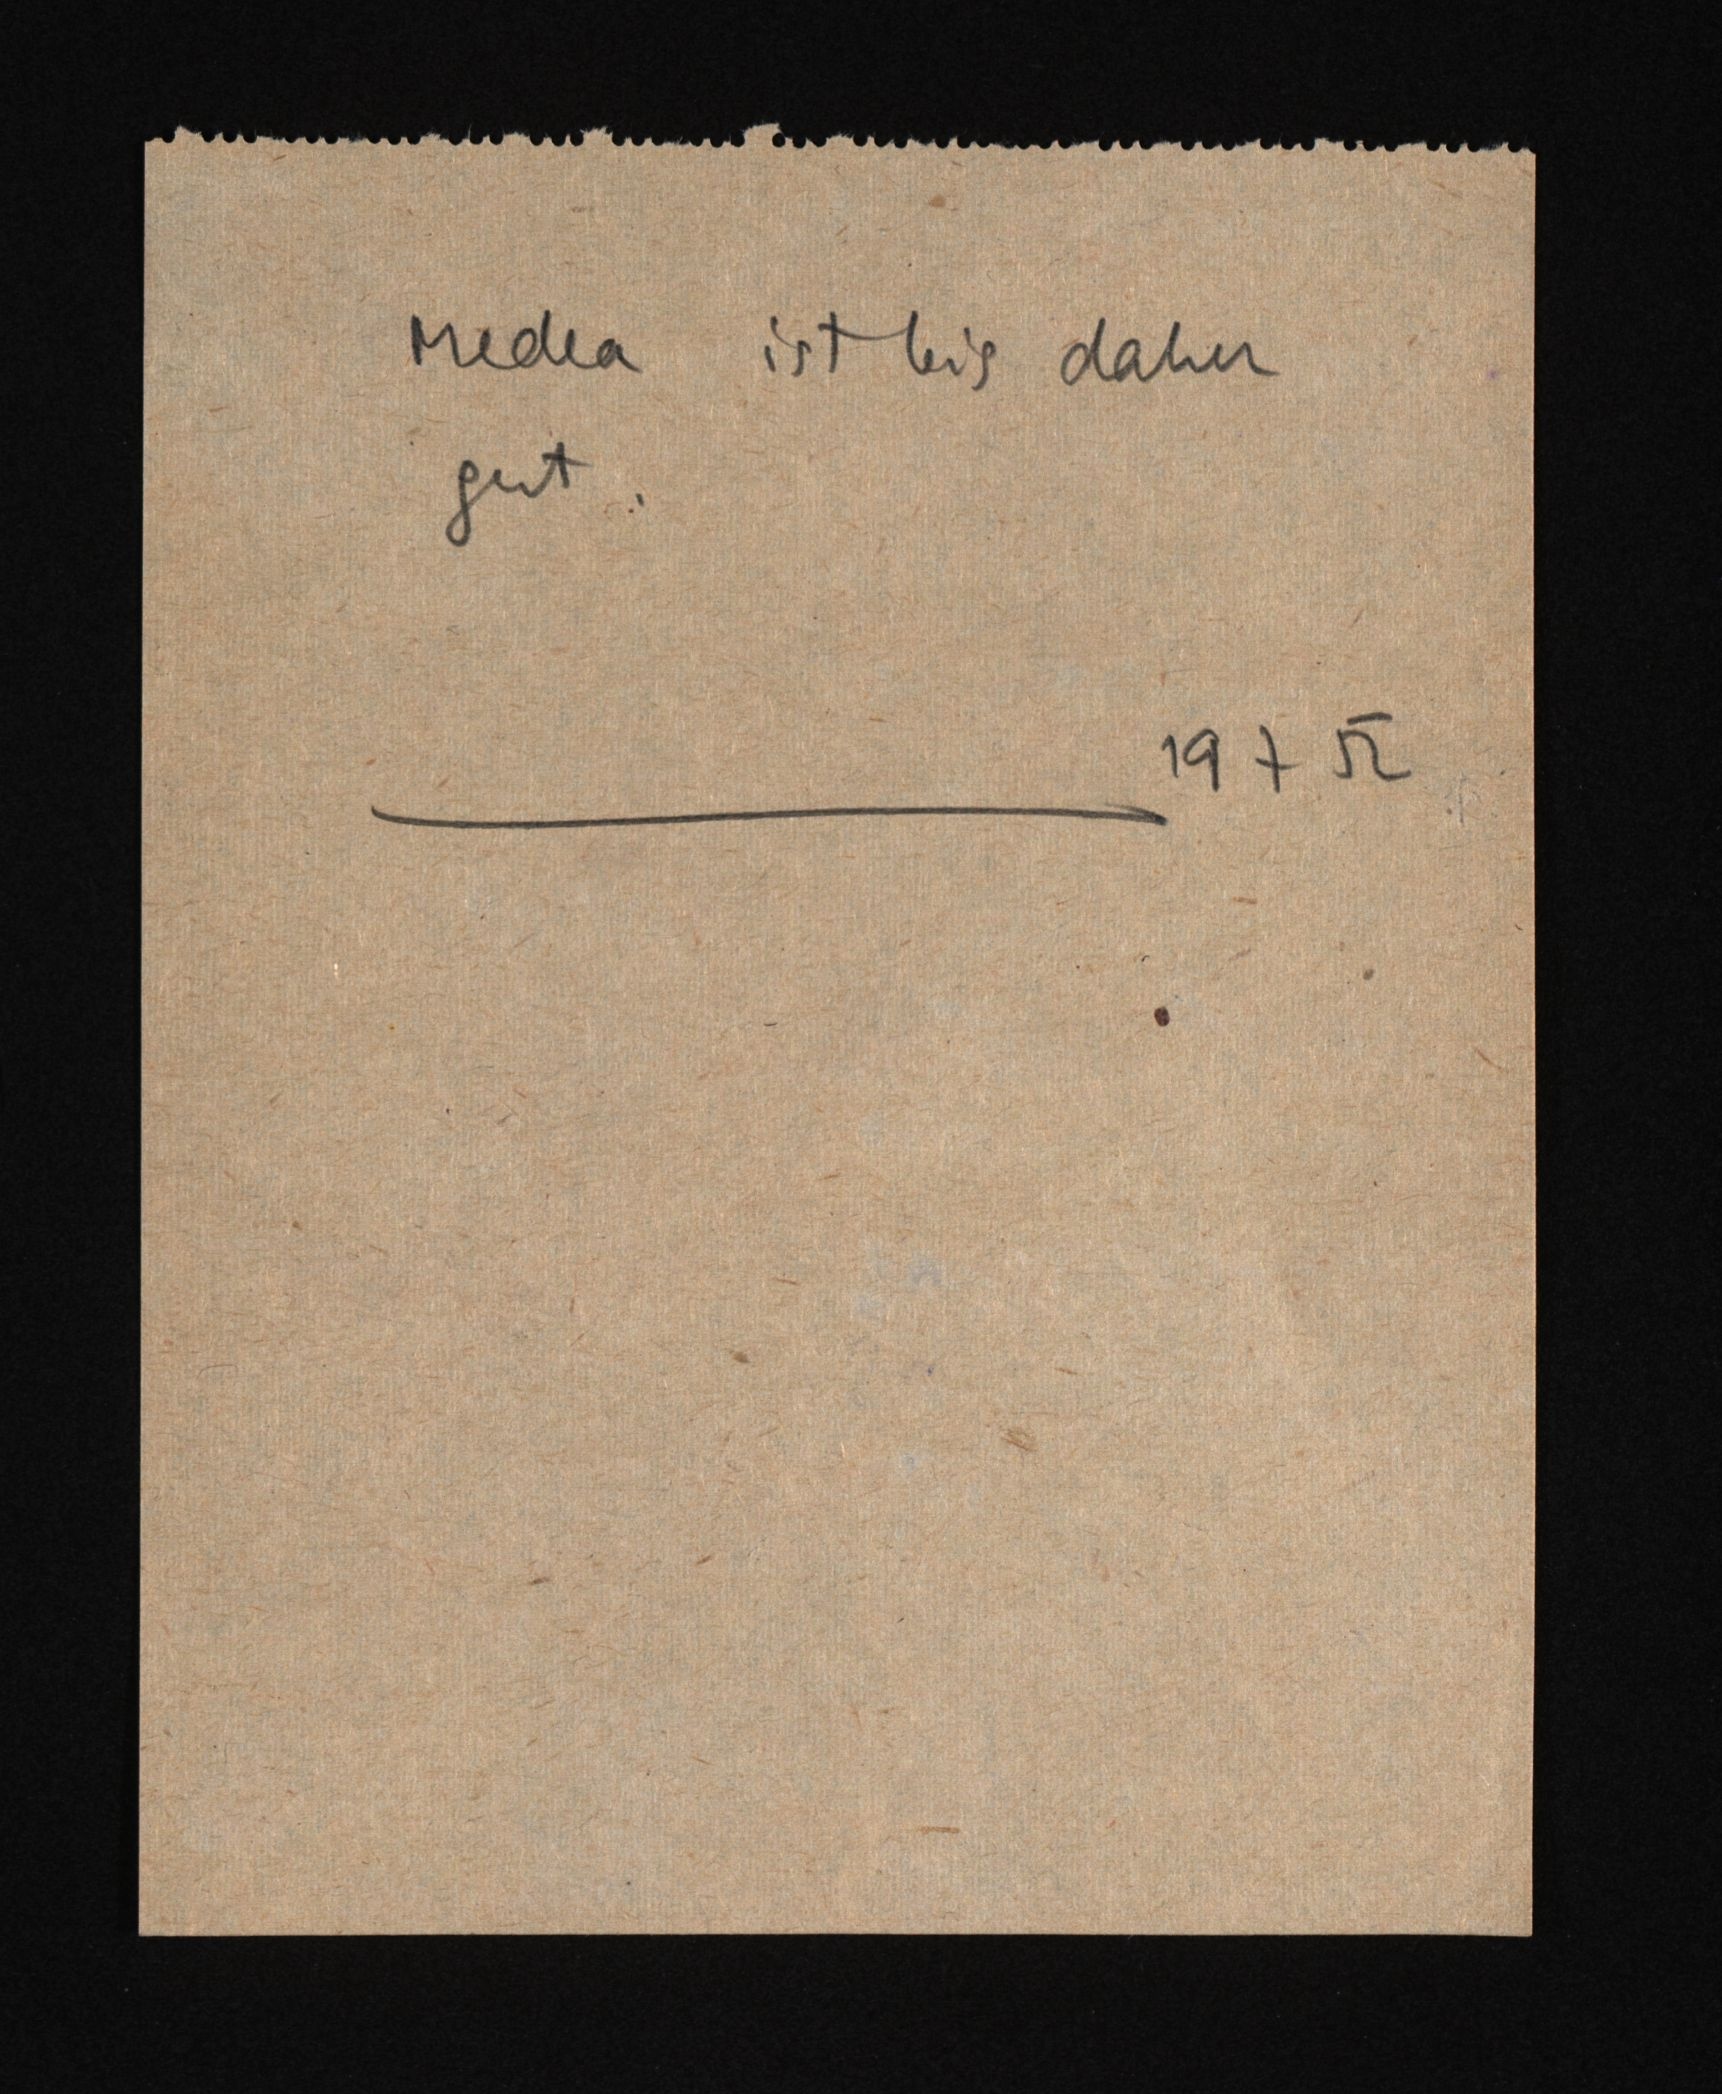
Medea ist bis daher
gut.
19 7 52